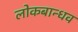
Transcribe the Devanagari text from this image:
लोकबान्धव